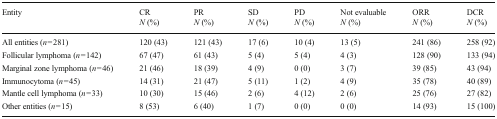
| Entity | CR N (%) | PR N (%) | SD N (%) | PD N (%) | Not evaluable N (%) | ORR N (%) | DCR N (%) |
 | --- | --- | --- | --- | --- | --- | --- | --- |
 | All entities (n = 281) | 120 (43) | 121 (43) | 17 (6) | 10 (4) | 13 (5) | 241 (86) | 258 (92) |
 | Follicular lymphoma (n = 142) | 67 (47) | 61 (43) | 5 (4) | 5 (4) | 4 (3) | 128 (90) | 133 (94) |
 | Marginal zone lymphoma (n = 46) | 21 (46) | 18 (39) | 4 (9) | 0 (0) | 3 (7) | 39 (85) | 43 (94) |
 | Immunocytoma (n = 45) | 14 (31) | 21 (47) | 5 (11) | 1 (2) | 4 (9) | 35 (78) | 40 (89) |
 | Mantle cell lymphoma (n = 33) | 10 (30) | 15 (46) | 2 (6) | 4 (12) | 2 (6) | 25 (76) | 27 (82) |
 | Other entities (n = 15) | 8 (53) | 6 (40) | 1 (7) | 0 (0) | 0 (0) | 14 (93) | 15 (100) |